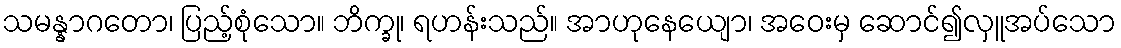
သမန္နာဂတော၊ ပြည့်စုံသော။ ဘိက္ခု၊ ရဟန်းသည်။ အာဟုနေယျော၊ အဝေးမှ ဆောင်၍လှူအပ်သော